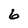
Character: 6